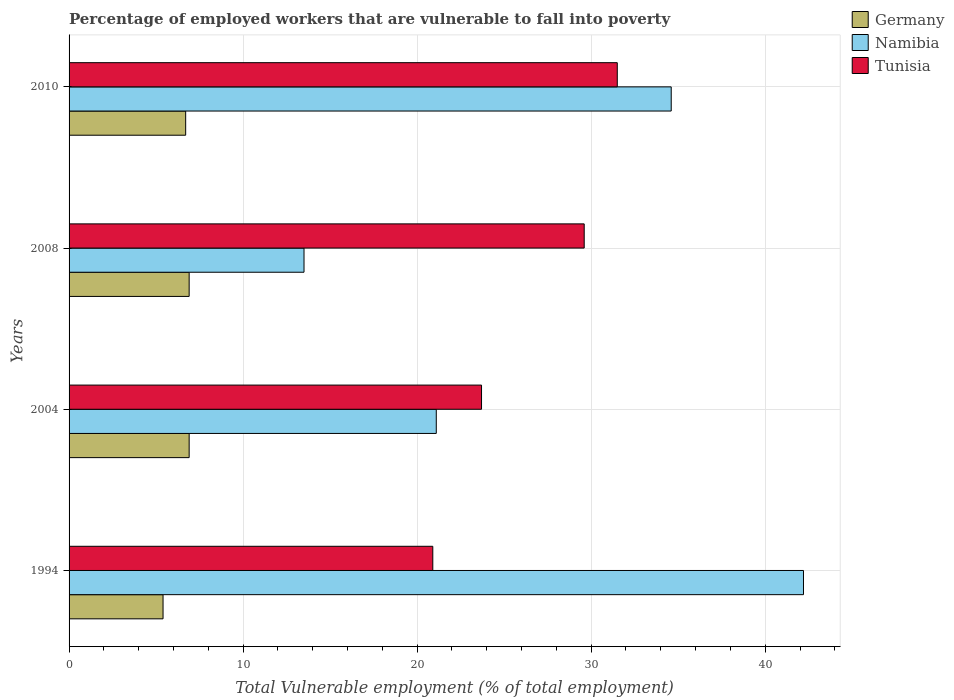
| Years | Germany | Namibia | Tunisia |
 | --- | --- | --- | --- |
 | 1994 | 5.4 | 42.2 | 20.9 |
 | 2004 | 6.9 | 21.1 | 23.7 |
 | 2008 | 6.9 | 13.5 | 29.6 |
 | 2010 | 6.7 | 34.6 | 31.5 |